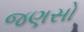
જણસો